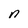
Character: n